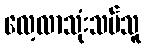
လေ့လာသုံးသပ်သူ